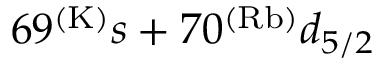
6 9 ^ { ( \mathrm { K ) } } s + 7 0 ^ { ( \mathrm { R b ) } } d _ { 5 / 2 }